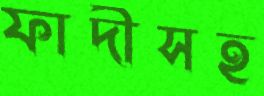
ফাদীসহ